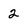
Character: 2